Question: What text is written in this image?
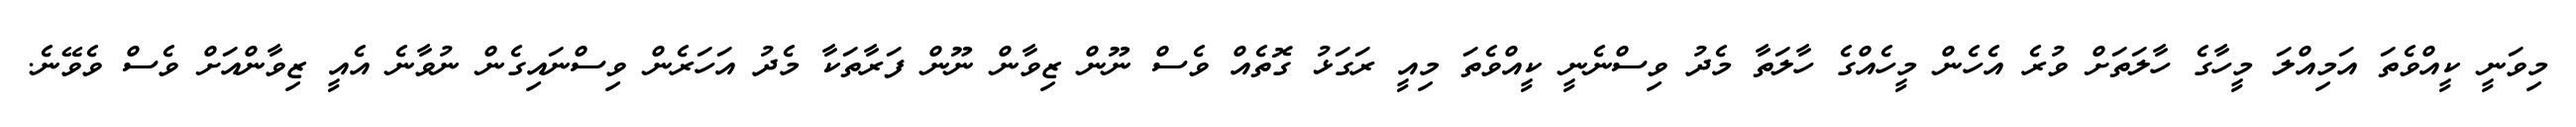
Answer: މިވަނީ ކީއްވެތަ އަމިއްލަ މީހާގެ ހާލަތަށް ވުރެ އެހެން މީހެއްގެ ހާލަތާ މެދު ވިސްނެނީ ކީއްވެތަ މިއީ ރަގަޅު ގޮތެއް ވެސް ނޫން ޒިވާން ނޫން ފަރާތަކާ މެދު އަހަރެން ވިސްނައިގެން ނުވާނެ އެއީ ޒިވާންއަށް ވެސް ވެވޭނެ.